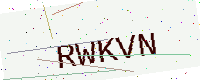
Text: RWKVN